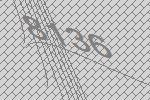
8136